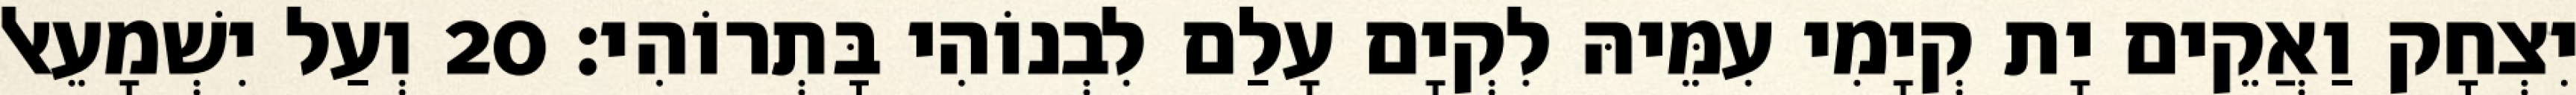
יִצְחָק וַאֲקֵים יָת קְיָמִי עִמֵּיהּ לִקְיָם עָלַם לִבְנוֹהִי בָּתְרוֹהִי׃ 20 וְעַל יִשְׁמָעֵאל